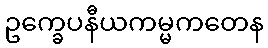
ဥက္ခေပနီယကမ္မကတေန